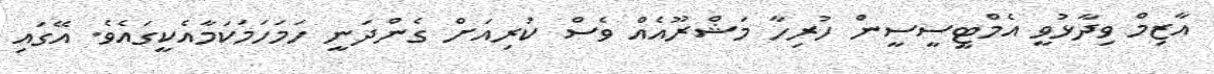
އާޒިމް ވިދާޅުވީ އެމްޓީސީސީން ހުރިހާ މަޝްރޫއެއް ވެސް ކުރިއަށް ގެންދަނީ ހަމަހަމަކަމާއެކީގައެވެ. އޭގައި